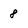
Character: 8